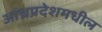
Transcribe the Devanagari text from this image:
आंध्रप्रदेशमधील